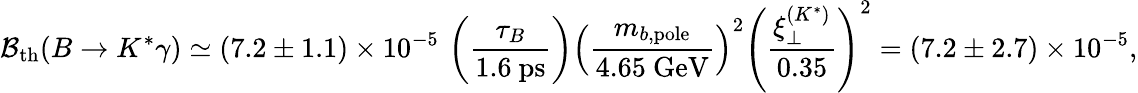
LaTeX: {\cal B}_{\mathrm{th}}(B\to K^{*}\gamma)\simeq(7.2\pm 1.1)\times 10^{-5}\, \left(\frac{\tau_{B}}{1.6~\mathrm{ps}}\right)\left(\frac{m_{b,\mathrm{pole}}}{4.65~\mathrm{GeV}}\right)^{2}\left(\frac{\xi_{\perp}^{(K^{*})}}{0.35}\right)^{2}=(7.2\pm 2.7)\times 10^{-5},